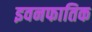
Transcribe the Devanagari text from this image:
इवनफातिक